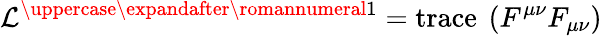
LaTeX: {\cal{L}}^{\uppercase\expandafter{\romannumeral 1}}=\mathrm{{trace\ }}\left(F^{\mu\nu}F_{\mu\nu}\right)